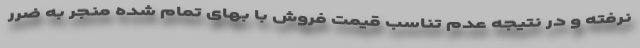
نرفته و در نتیجه عدم تناسب قیمت فروش با بهای تمام شده منجر به ضرر